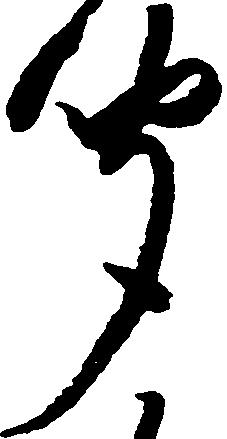
聞